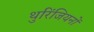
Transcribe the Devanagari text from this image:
थुरिंजियनों